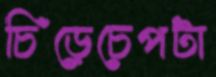
চিঁড়েচেপটা